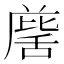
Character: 𮍹